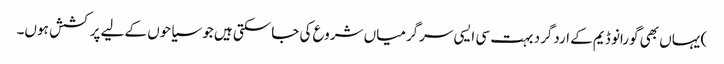
) یہاں بھی گورانو ڈیم کے اردگرد بہت سی ایسی سرگرمیاں شروع کی جاسکتی ہیں جو سیاحوں کےلیے پرکشش ہوں۔